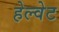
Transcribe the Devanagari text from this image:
हेल्वेट